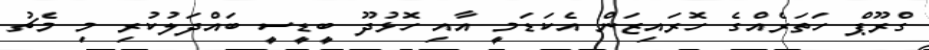
ގްރޫޕް ހަތަރެއްގެ ހޮރައިޒަން އެކަޑަމީ އާއި ހޮޅުދޫ ބީޑީސީ ބައްދަލުކުރި މި މެޗު